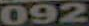
092